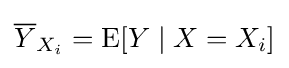
{\overline {Y}}_{X_{i}}=\operatorname {E} [Y\mid X=X_{i}]